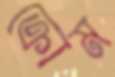
ক্রোম